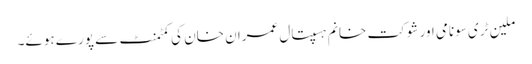
ملین ٹری سونامی اور شوکت خانم ہسپتال عمران خان کی کمٹمنٹ سے پورے ہوئے۔